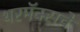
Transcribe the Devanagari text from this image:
थरमॅक्सचे